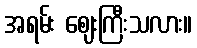
အရမ်း ဈေးကြီးသလား။